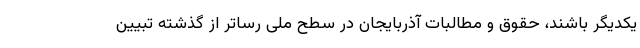
یکدیگر باشند، حقوق و مطالبات آذربایجان در سطح ملی رساتر از گذشته تبیین